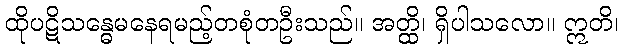
ထိုပဋိသန္ဓေမနေရမည့်တစုံတဦးသည်။ အတ္ထိ၊ ရှိပါသလော။ ဣတိ၊